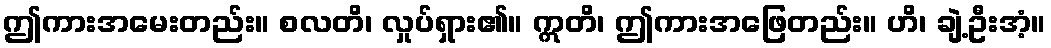
ဤကားအမေးတည်း။ စလတိ၊ လှုပ်ရှား၏။ ဣတိ၊ ဤကားအဖြေတည်း။ ဟိ၊ ချဲ့ဦးအံ့။